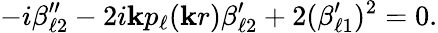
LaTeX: -i\beta_{\ell2}^{\prime\prime}-2i\mathbf{k}p_{\ell}(\mathbf{k}r)\beta_{\ell2}^{\prime}+2(\beta_{\ell1}^{\prime})^{2}=0.